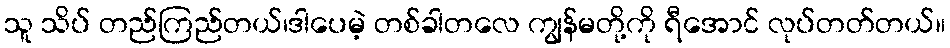
သူ သိပ် တည်ကြည်တယ်၊ဒါပေမဲ့ တစ်ခါတလေ ကျွန်မတို့ကို ရီအောင် လုပ်တတ်တယ်။